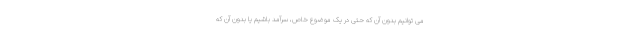
می توانیم بدون آن که حتی در یک موضوع خاص، سرآمد باشیم یا بدون آن که